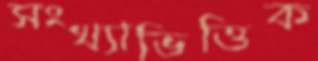
সংখ্যাভিত্তিক